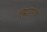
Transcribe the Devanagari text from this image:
ह्द्फ्लिउह्॑एब